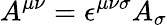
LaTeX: A^{\mu\nu}=\epsilon^{\mu\nu\sigma}A_{\sigma}